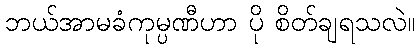
ဘယ်အာမခံကုမ္ပဏီဟာ ပို စိတ်ချရသလဲ။